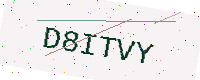
Text: D8ITVY